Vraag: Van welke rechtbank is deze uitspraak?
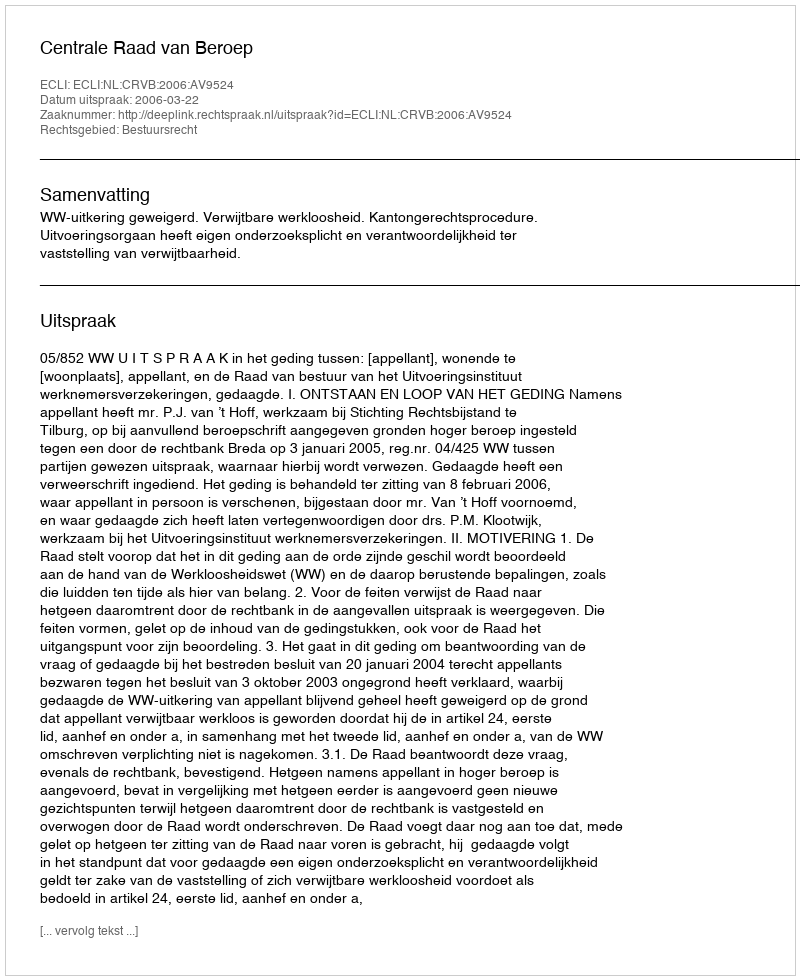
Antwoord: Centrale Raad van Beroep